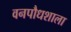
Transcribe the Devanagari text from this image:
वनपौधशाला